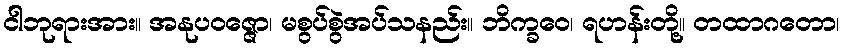
ငါဘုရားအား။ အနုပဝဇ္ဇော၊ မစွပ်စွဲအပ်သနည်း။ ဘိက္ခဝေ၊ ရဟန်းတို့။ တထာဂတော၊